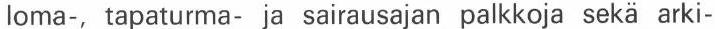
loma-, tapaturma- ja sairausajan palkkoja sekä arki-